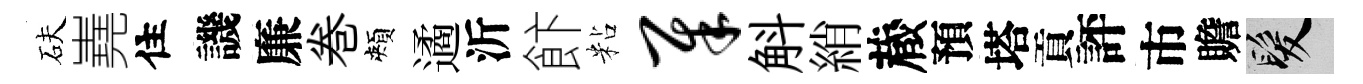
砆嶤住譏廉巻頰遹沂飰粘犀斛綃蔵預塔貢評市贍髮